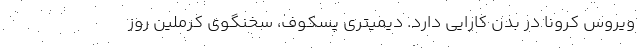
ویروس کرونا در بدن کارایی دارد. دیمیتری پسکوف، سخنگوی کرملین روز